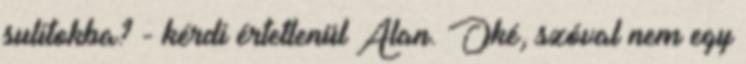
sulitokba? - kérdi értetlenül Alan. Oké, szóval nem egy